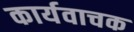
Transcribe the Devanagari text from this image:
कार्यवाचक